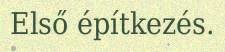
Első építkezés.